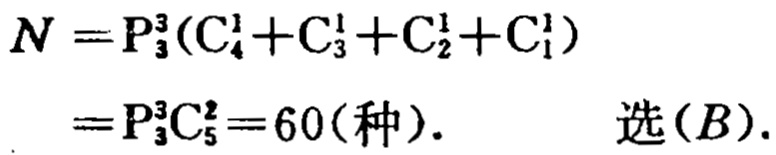
\[
\begin{align*}
N&=P_{3}^{3}(C_{4}^{1}+C_{3}^{1}+C_{2}^{1}+C_{1}^{1})\\
&=P_{3}^{3}C_{5}^{2}=60(\text{种}). \quad \text{选}(B).
\end{align*}
\]